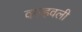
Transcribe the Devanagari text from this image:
वल्हवली